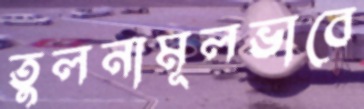
তুলনামূলভাবে